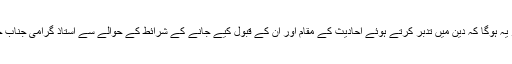
بلکہ اہل علم اخبار احد کو قبول کرنے کی بڑی کڑی شرائط عائد کرتی ہے اس سلسلے میں بہتر یہ ہوگا کہ دین میں تدبر کرتے ہوئے احادیث کے مقام اور ان کے قبول کیے جانے کے شرائط کے حوالے سے استاذ گرامی جناب جاوید احمد صاحب غامدی کی تصنیف میزان کے باب مبادی تدبر حدیث کا مطالعہ کر لیاجائے۔